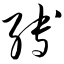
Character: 缚